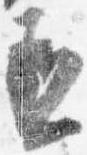
丞